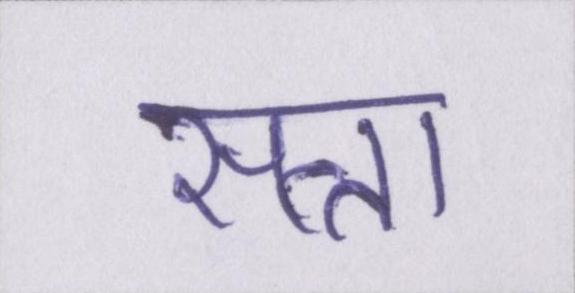
सत्ता